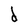
Character: d